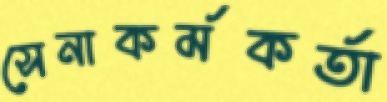
সেনাকর্মকর্তা